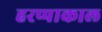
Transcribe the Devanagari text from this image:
हरप्पाकाल